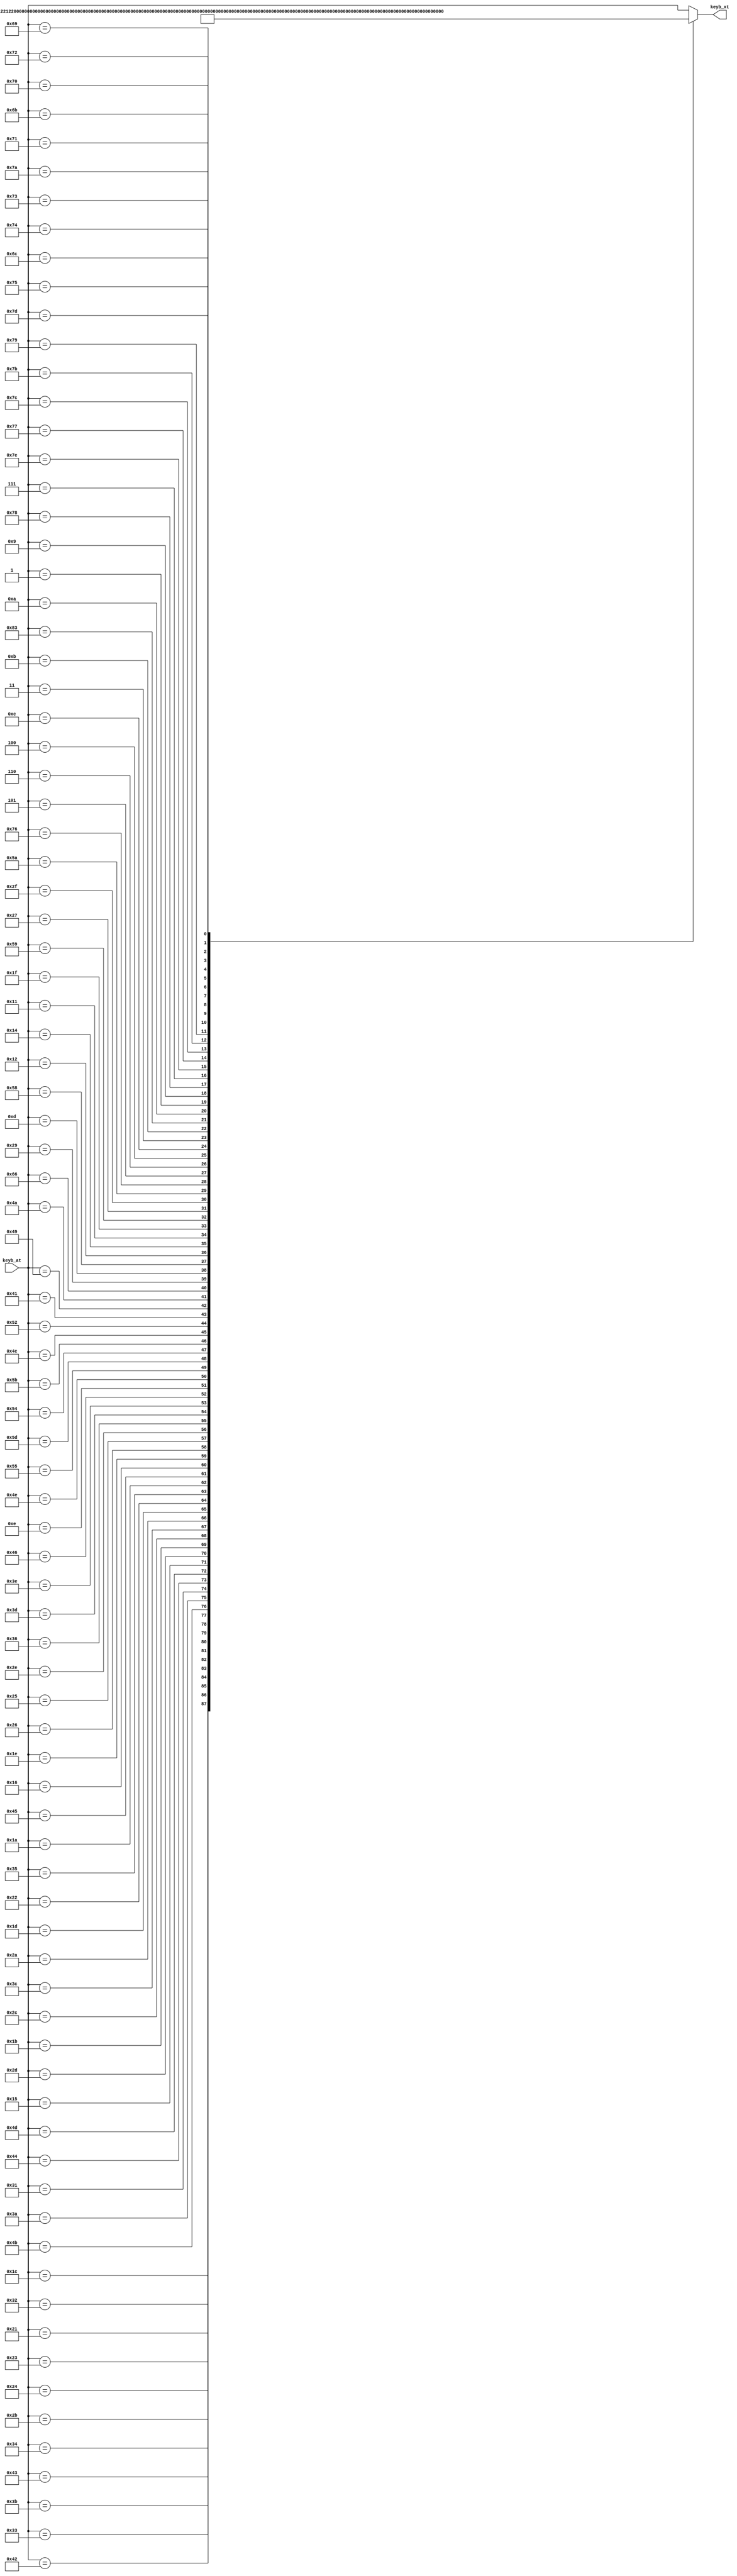
module ps2_at2xt(

    input  wire [7:0] keyb_at,
    output reg  [7:0] keyb_xt

);

always @(*) begin

    case (keyb_at)

        /* A   */ 8'h1C: keyb_xt = 8'h1E;
        /* B   */ 8'h32: keyb_xt = 8'h30;
        /* C   */ 8'h21: keyb_xt = 8'h2E;
        /* D   */ 8'h23: keyb_xt = 8'h20;
        /* E   */ 8'h24: keyb_xt = 8'h12;
        /* F   */ 8'h2B: keyb_xt = 8'h21;
        /* G   */ 8'h34: keyb_xt = 8'h22;
        /* H   */ 8'h33: keyb_xt = 8'h23;
        /* I   */ 8'h43: keyb_xt = 8'h17;
        /* J   */ 8'h3B: keyb_xt = 8'h24;
        /* K   */ 8'h42: keyb_xt = 8'h25;
        /* L   */ 8'h4B: keyb_xt = 8'h26;
        /* M   */ 8'h3A: keyb_xt = 8'h32;
        /* N   */ 8'h31: keyb_xt = 8'h31;
        /* O   */ 8'h44: keyb_xt = 8'h18;
        /* P   */ 8'h4D: keyb_xt = 8'h19;
        /* Q   */ 8'h15: keyb_xt = 8'h10;
        /* R   */ 8'h2D: keyb_xt = 8'h13;
        /* S   */ 8'h1B: keyb_xt = 8'h1F;
        /* T   */ 8'h2C: keyb_xt = 8'h14;
        /* U   */ 8'h3C: keyb_xt = 8'h16;
        /* V   */ 8'h2A: keyb_xt = 8'h2F;
        /* W   */ 8'h1D: keyb_xt = 8'h11;
        /* X   */ 8'h22: keyb_xt = 8'h2D;
        /* Y   */ 8'h35: keyb_xt = 8'h15;
        /* Z   */ 8'h1A: keyb_xt = 8'h2C;
        /* 0   */ 8'h45: keyb_xt = 8'h0B;
        /* 1   */ 8'h16: keyb_xt = 8'h02;
        /* 2   */ 8'h1E: keyb_xt = 8'h03;
        /* 3   */ 8'h26: keyb_xt = 8'h04;
        /* 4   */ 8'h25: keyb_xt = 8'h05;
        /* 5   */ 8'h2E: keyb_xt = 8'h06;
        /* 6   */ 8'h36: keyb_xt = 8'h07;
        /* 7   */ 8'h3D: keyb_xt = 8'h08;
        /* 8   */ 8'h3E: keyb_xt = 8'h09;
        /* 9   */ 8'h46: keyb_xt = 8'h0A;
        /* ~   */ 8'h0E: keyb_xt = 8'h29;
        /* -   */ 8'h4E: keyb_xt = 8'h0C;
        /* =   */ 8'h55: keyb_xt = 8'h0D;
        /* \   */ 8'h5D: keyb_xt = 8'h2B;
        /* [   */ 8'h54: keyb_xt = 8'h1A;
        /* ]   */ 8'h5B: keyb_xt = 8'h1B;
        /* ;   */ 8'h4C: keyb_xt = 8'h27;
        /* '   */ 8'h52: keyb_xt = 8'h28;
        /* ,   */ 8'h41: keyb_xt = 8'h33;
        /* .   */ 8'h49: keyb_xt = 8'h34;
        /* /   */ 8'h4A: keyb_xt = 8'h35;
        /* BS  */ 8'h66: keyb_xt = 8'h0E;
        /* SPC */ 8'h29: keyb_xt = 8'h39;
        /* TAB */ 8'h0D: keyb_xt = 8'h0F;

        /*   */
        /* CAP */ 8'h58: keyb_xt = 8'h3A; /* CAPS LOCK */
        /* LSH */ 8'h12: keyb_xt = 8'h2A; /* LEFT SHIFT */
        /* LCT */ 8'h14: keyb_xt = 8'h1D; /* LEFT CTRL */
        /* LAT */ 8'h11: keyb_xt = 8'h38; /* LEFT ALT */
        /* LWI */ 8'h1F: keyb_xt = 8'h5B; /* LEFT WIN */
        /* RSH */ 8'h59: keyb_xt = 8'h36; /* RIGHT SHIFT */
        /* RWI */ 8'h27: keyb_xt = 8'h5C; /* RIGHT WIN */
        /* MNU */ 8'h2F: keyb_xt = 8'h5D; /* MENU */
        /* ENT */ 8'h5A: keyb_xt = 8'h1C; /* ENTER */

        /*   */
        /* ESC */ 8'h76: keyb_xt = 8'h01;
        /* F1  */ 8'h05: keyb_xt = 8'h3B;
        /* F2  */ 8'h06: keyb_xt = 8'h3C;
        /* F3  */ 8'h04: keyb_xt = 8'h3D;
        /* F4  */ 8'h0C: keyb_xt = 8'h3E;
        /* F5  */ 8'h03: keyb_xt = 8'h3F;
        /* F6  */ 8'h0B: keyb_xt = 8'h40;
        /* F7  */ 8'h83: keyb_xt = 8'h41;
        /* F8  */ 8'h0A: keyb_xt = 8'h42;
        /* F9  */ 8'h01: keyb_xt = 8'h43;
        /* F10 */ 8'h09: keyb_xt = 8'h44;
        /* F11 */ 8'h78: keyb_xt = 8'h57;
        /* F12 */ 8'h07: keyb_xt = 8'h58;
        /* SCL */ 8'h7E: keyb_xt = 8'h46;

        /*   */
        /* NUM */ 8'h77: keyb_xt = 8'h45;
        /* *   */ 8'h7C: keyb_xt = 8'h37;
        /* -   */ 8'h7B: keyb_xt = 8'h4A;
        /* +   */ 8'h79: keyb_xt = 8'h4E;
        /* .   */ 8'h71: keyb_xt = 8'h53;
        /* 0   */ 8'h70: keyb_xt = 8'h52;
        /* 1   */ 8'h69: keyb_xt = 8'h4F;
        /* 2   */ 8'h72: keyb_xt = 8'h50;
        /* 3   */ 8'h7A: keyb_xt = 8'h51;
        /* 4   */ 8'h6B: keyb_xt = 8'h4B;
        /* 5   */ 8'h73: keyb_xt = 8'h4C;
        /* 6   */ 8'h74: keyb_xt = 8'h4D;
        /* 7   */ 8'h6C: keyb_xt = 8'h47;
        /* 8   */ 8'h75: keyb_xt = 8'h48;
        /* 9   */ 8'h7D: keyb_xt = 8'h49;

        /* F0 (Unpressed Signal), E0, E1, ... */
        default: keyb_xt = keyb_at;

    endcase

end

endmodule